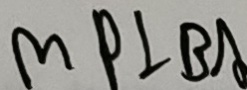
M P \bot B A